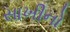
સાખીનો